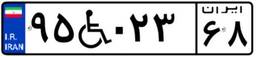
۸۷W۷۰۹۷۷